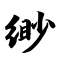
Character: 缈